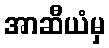
အာဆီယံမှ